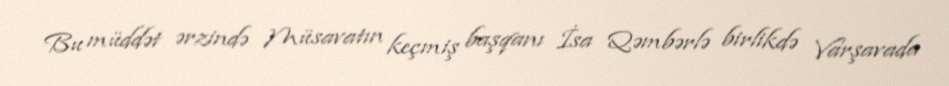
Bu müddət ərzində Müsavatın keçmiş başqanı İsa Qəmbərlə birlikdə Varşavada